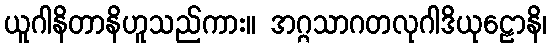
ယူဂါနိတာနိဟူသည်ကား။ အဂ္ဂသာဂတလုဂါဒိယုဠောနိ၊